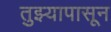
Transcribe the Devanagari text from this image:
तुझ्यापासून